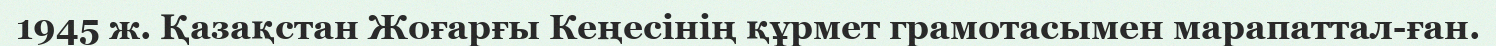
1945 ж. Қазақстан Жоғарғы Кеңесінің құрмет грамотасымен марапаттал­ған.